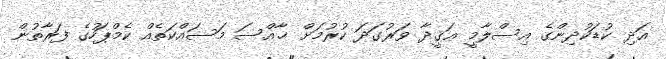
އަދި ކުޑަކުދިންގެ އިސްލާމީ ޢަޤީދާ ވަރުގަދަ ކުރުމަށް ޚާއްސަ މަސައްކަތެއް ކެމްޕަހުގެ ފަރާތުން